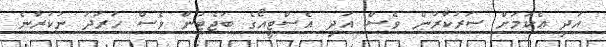
އަދި އެކަމަށް ސަރުކާރުން ވެސް އަދި އެސްޓީއޯގެ ބަޖެޓުން ވެސް ހަރަދު ނުކުރާނެ